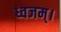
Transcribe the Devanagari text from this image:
ध्वजम्।